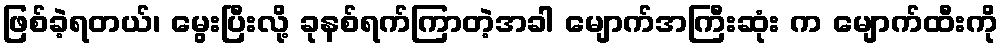
ဖြစ်ခဲ့ရတယ်၊ မွေးပြီးလို့ ခုနစ်ရက်ကြာတဲ့အခါ မျောက်အကြီးဆုံး က မျောက်ထီးကို